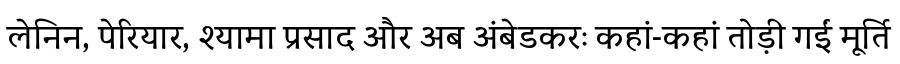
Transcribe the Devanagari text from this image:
लेनिन, पेरियार, श्यामा प्रसाद और अब अंबेडकरः कहां-कहां तोड़ी गईं मूर्ति